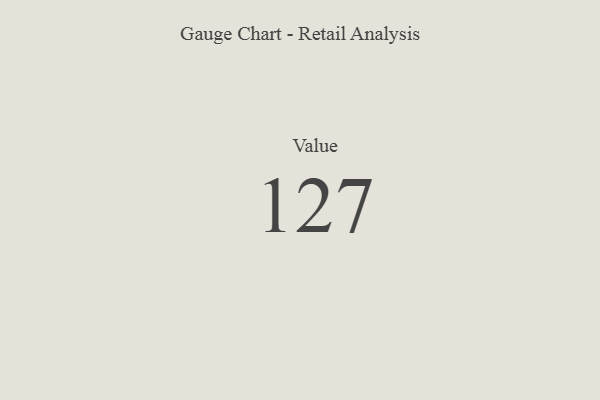
{"axis": {"x": "Metric", "y": "Value"}, "legend": [""], "data": [{"x": "Value", "y": 127, "type": ""}]}